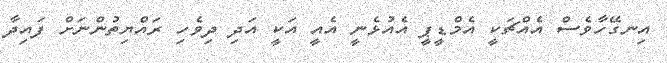
އިނގޭހާވެސް އެއްޗަކީ އެމްޑީޕީ އެއުޅެނީ އެއީ އަކީ އަދި ދިވެހި ރައްޔިތުންނަށް ފައިދާ